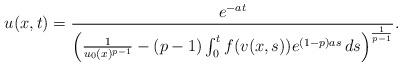
LaTeX: \begin{align*}u(x,t)=\frac{e^{-at}}{\left(\frac{1}{u_0(x)^{p-1}}-(p-1)\int_0^t f(v(x,s))e^{(1-p)as}\,ds\right)^{\frac{1}{p-1}}}.\end{align*}